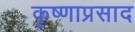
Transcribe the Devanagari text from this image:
कृष्णाप्रसाद